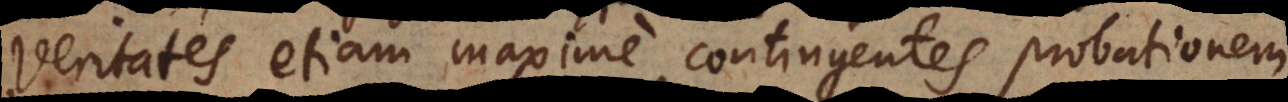
veritates etiam maxime contingentes probationem